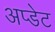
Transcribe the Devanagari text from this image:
अप्डेट